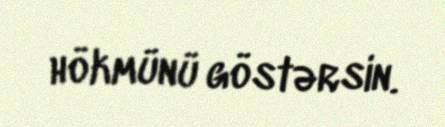
hökmünü göstərsin.